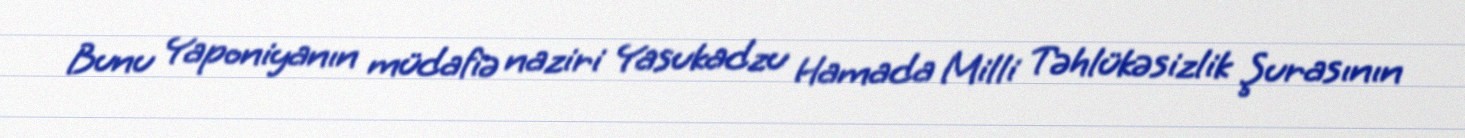
Bunu Yaponiyanın müdafiə naziri Yasukadzu Hamada Milli Təhlükəsizlik Şurasının